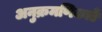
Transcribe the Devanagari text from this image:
अनुक्रमणिकाएँ